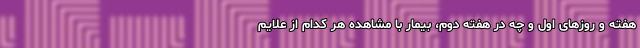
هفته و روزهای اول و چه در هفته دوم، بیمار با مشاهده هر کدام از علایم